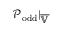
\mathcal { P } _ { \mathrm { o d d } } | _ { \overline { { \mathbb { V } } } }